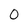
Character: 0